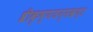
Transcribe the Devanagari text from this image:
श्रीकृष्णजन्मखण्ड